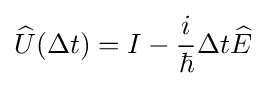
{\widehat {U}}(\Delta t)=I-{\frac {i}{\hbar }}\Delta t{\widehat {E}}